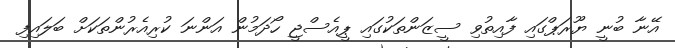
އޭނާ ބުނީ ޔޫރަޕްގައި ފާއިތުވި ސީޒަންތަކުގައި ޕީއެސްޖީ ހޯދަމުން އަންނަ ކުރިއެރުންތަކަށް ބަލައިފި